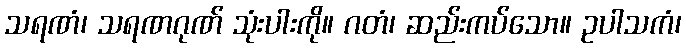
သရဏံ၊ သရဏဂုဏ် သုံးပါးကို။ ဂတံ၊ ဆည်းကပ်သော။ ဥပါသကံ၊